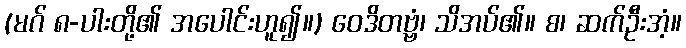
(မဂ် ၈-ပါးတို့၏ အပေါင်းဟူ၍။) ဝေဒိတဗ္ဗံ၊ သိအပ်၏။ စ၊ ဆက်ဦးအံ့။